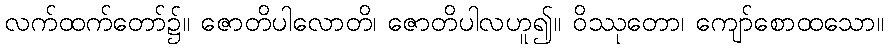
လက်ထက်တော်၌။ ဇောတိပါလောတိ၊ ဇောတိပါလဟူ၍။ ဝိဿုတော၊ ကျော်စောထသော။